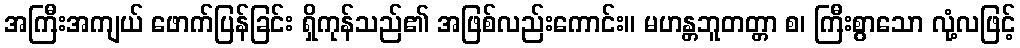
အကြီးအကျယ် ဖောက်ပြန်ခြင်း ရှိကုန်သည်၏ အဖြစ်လည်းကောင်း။ မဟန္တဘူတတ္တာ စ၊ ကြီးစွာသော လုံ့လဖြင့်